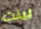
بينت